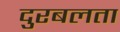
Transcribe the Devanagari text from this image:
दुरबलता